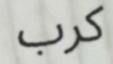
كرب